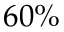
6 0 \%